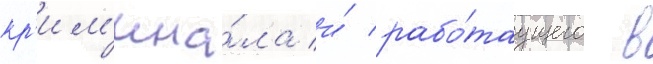
кр'им'ина́ла и́ рабо́таущего в